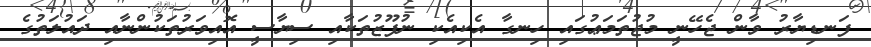
ފަނޑިޔާރު ވާން ޖެހޭނީ މުޖުތަމަޢުގައި ހިނގާ އެކިއެކި ނުފޫޒުތަކާއި ސިޔާސީ އޮއިވަރުތަކުންނާއި ދައުލަތުގެ